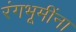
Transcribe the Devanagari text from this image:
रंगभूमींना